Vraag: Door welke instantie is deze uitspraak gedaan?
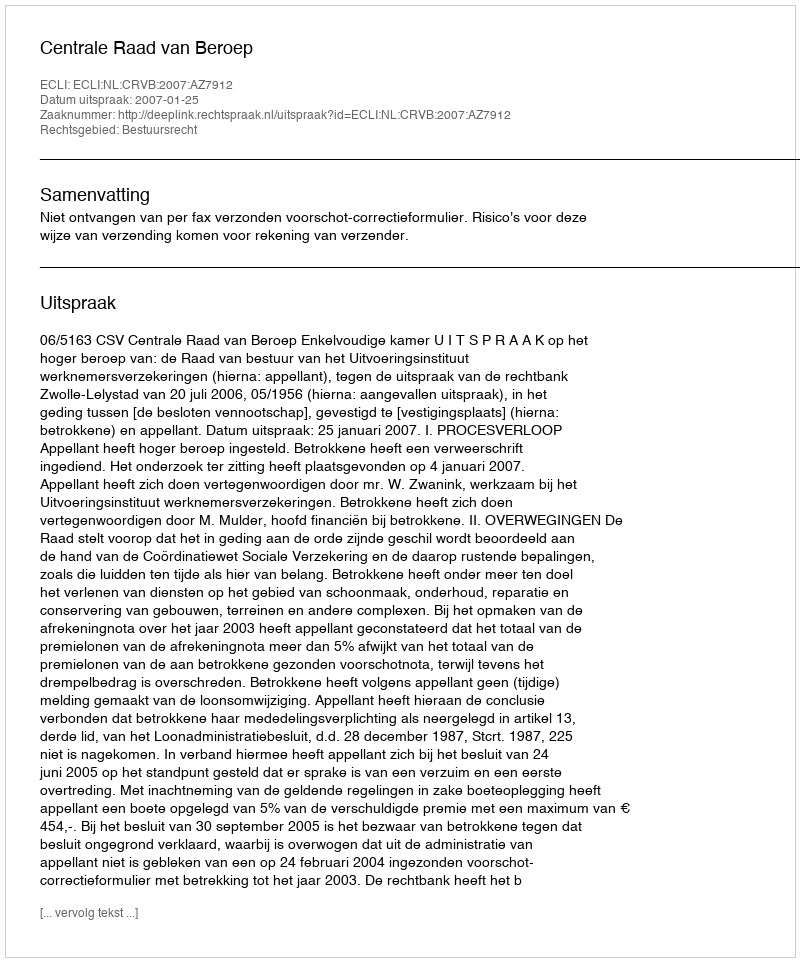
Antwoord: Centrale Raad van Beroep